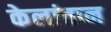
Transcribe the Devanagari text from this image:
केलांतान